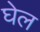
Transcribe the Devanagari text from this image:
घेल